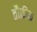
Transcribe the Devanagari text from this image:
तौफ़ीक